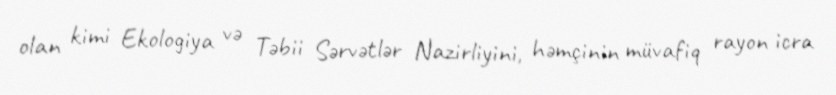
olan kimi Ekologiya və Təbii Sərvətlər Nazirliyini, həmçinin müvafiq rayon icra